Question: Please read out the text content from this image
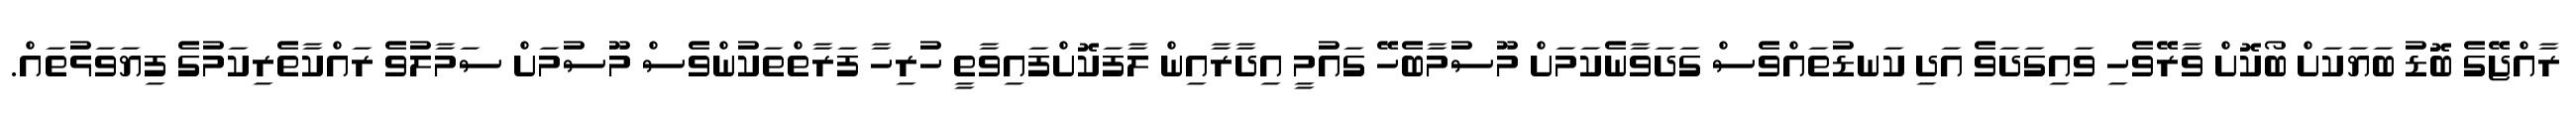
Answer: ރާއްޖޭގެ ބޮޑު ބަޔަކަށް ބޯކޮށް ވާރޭވެހި ވައިގަދަވެ އަދި ކަނޑުތައްވެސް ގަދަވާނެކަމަށް މޫސުމާބެހޭ ގައުމީ އިދާރާއިން ލާފަކޮށްފައިވާތީ ހުރިހާ ފަރާތްތަކުންވެސް މޫސުމަށް ސަމާލުވެ ރައްކާތެރިކަމުގެ ފިޔަވަޅުތައް.